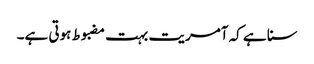
سنا ہے کہ آمریت بہت مضبوط ہوتی ہے۔